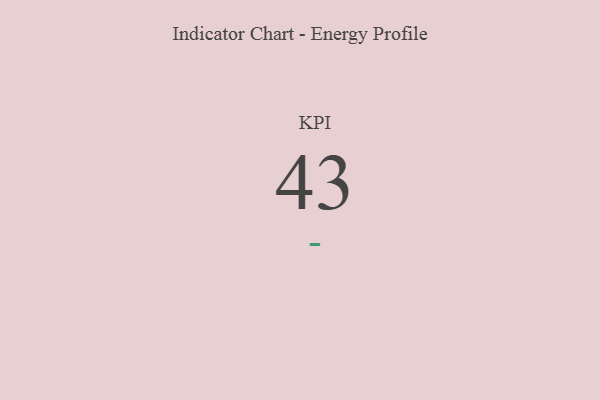
{"axis": {"x": "KPI", "y": "Value"}, "legend": [""], "data": [{"x": "KPI", "y": 43, "type": ""}]}